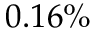
0 . 1 6 \%